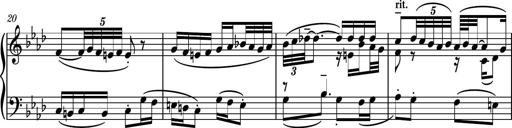
Title: Piano Sonatina II
Composer: Dimitri Sykias
Key: F major